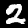
Digit: 2